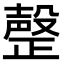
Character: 𣫆